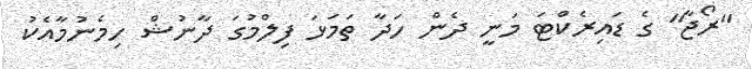
''ރޯޖާ'' ގެ ޑައިރެކްޓަ މަނީ ދެން ހަދާ ތަމަޅަ ފިލްމުގަ ދާނުޝް ހިމެނުމާއެކު